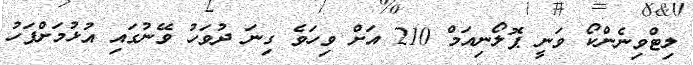
ލިޓްވިނެންކޯ ވަނީ ޕޮލޯނިއަމް 210 އަށް ވިހަވެ ގިނަ ދުވަހު ވޭނުގައި އުޅުމަށްފަހު